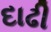
દાઢી